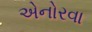
એનોરવા